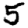
Digit: 5